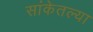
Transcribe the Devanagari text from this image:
सांकेतल्या